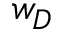
w _ { D }